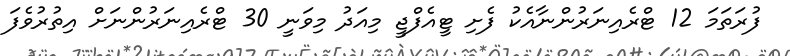
ފުރަތަމަ 12 ޓްރެއިނަރުންނާއެކު ފެށި ޓީއެފްޖީ މިއަދު މިވަނީ 30 ޓްރެއިނަރުންނަށް އިތުރުވެފަ